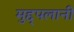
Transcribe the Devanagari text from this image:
मुद्द्पलानी